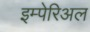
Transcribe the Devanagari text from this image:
इम्पेरिअल